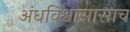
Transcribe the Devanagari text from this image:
अंधविश्वासासाच